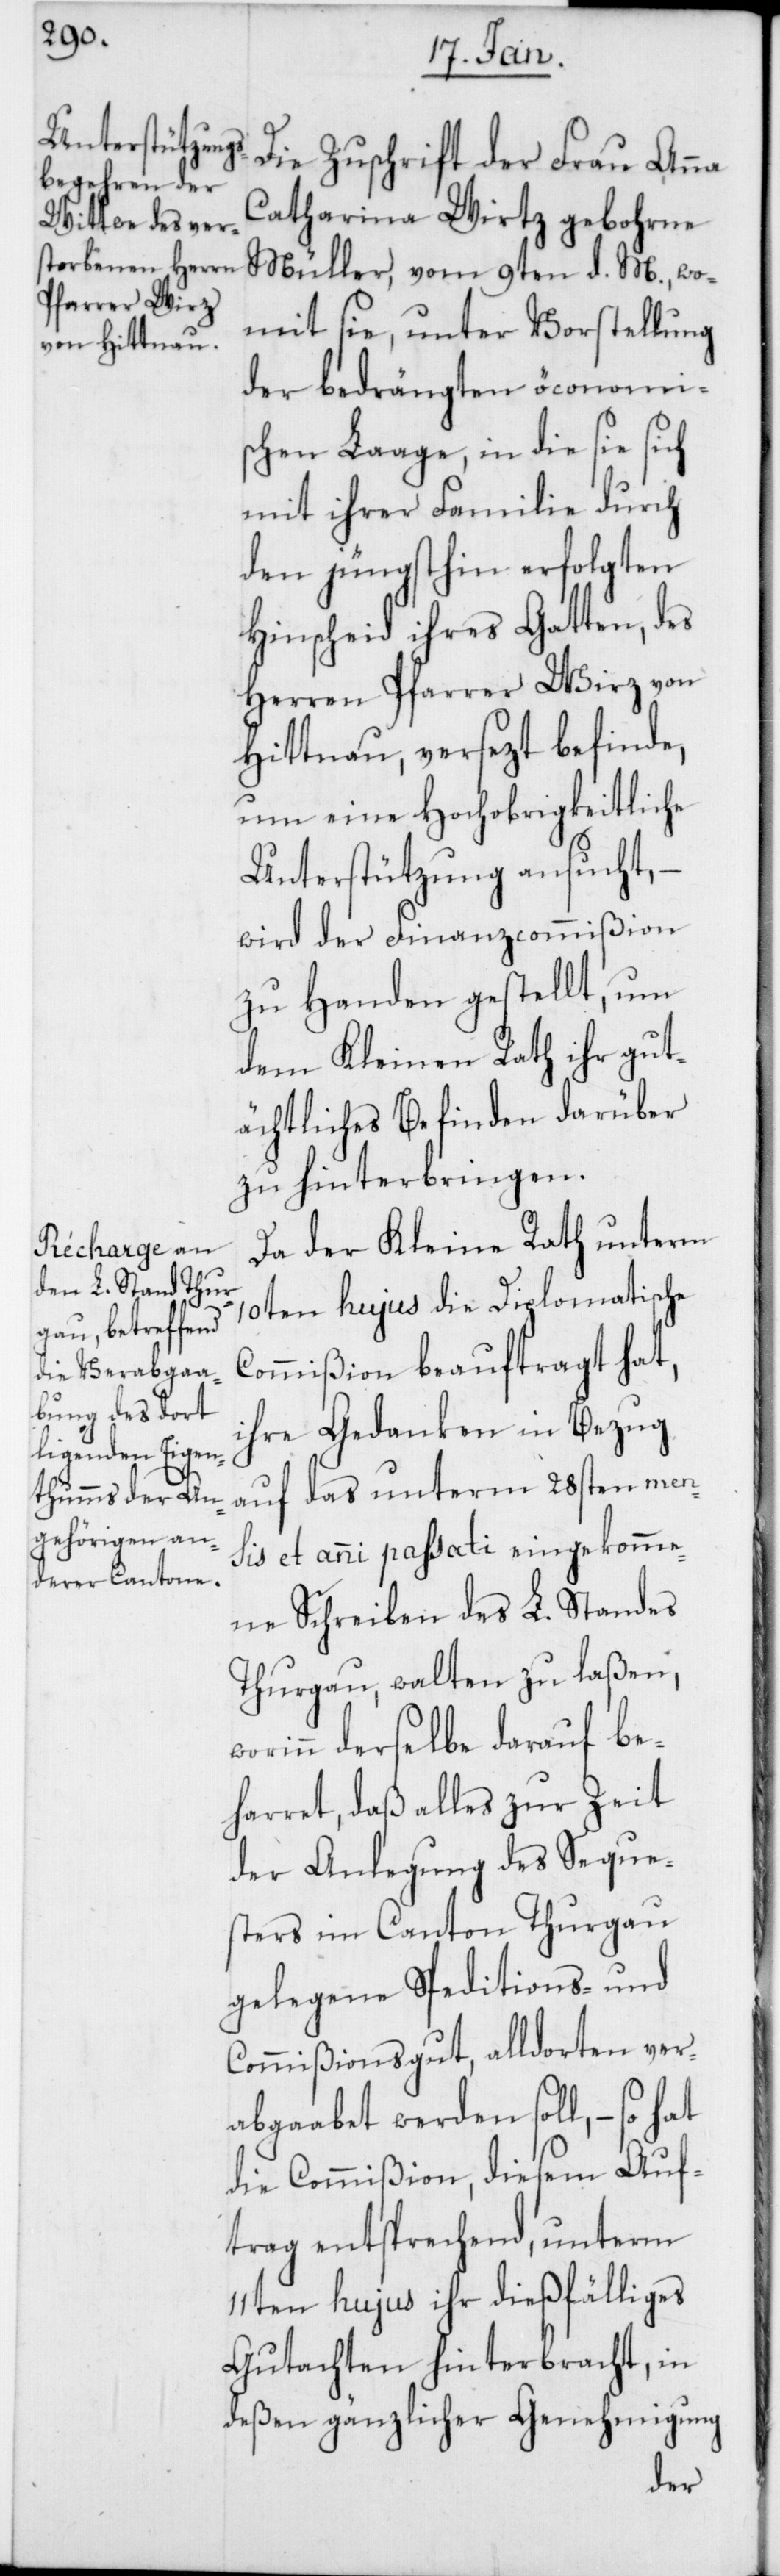
Die Zuschrift der Frau Anna
Catharina Wirtz, gebohrne
Müller, vom 9ten d. M., wo¬
mit sie, unter Vorstellung
der bedrängten öconomi¬
schen Laage, in die sie sich
mit ihrer Familie durch
den jüngsthin erfolgten
Hinscheid ihres Gatten, des
Herren Pfarrer Wirz von
Hittnau, versezt befinde,
um eine Hochobrigkeitliche
Unterstützung ansucht, –
wird der Finanzcommißion
zu Handen gestellt, um
dem Kleinen Rath ihr gut¬
ächtliches Befinden darüber
zu hinterbringen.
Da der Kleine Rath unterm
10ten hujus die Diplomatische
Commißion beauftragt hat,
ihre Gedanken in Bezug
auf das unterm 28sten men¬
sis et anni passati eingekomme¬
ne Schreiben des L. Standes
Thurgau, walten zu laßen,
derselbe darauf be¬
harret, daß alles zur Zeit
der Anlegung des Seque¬
sters im Canton Thurgau
gelegene Speditions- und
Commißionsgut, alldorten ver¬
abgaabet werden soll, – so
die Commißion, diesem Auf¬
trag entsprechend, unterm
11ten hujus ihr dießfälliges
Gutachten hinterbracht, in
deßen gänzlicher Genehmigung